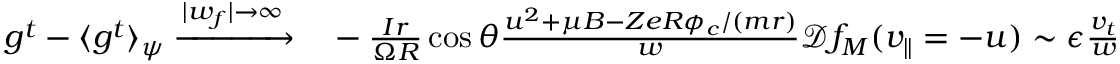
\begin{array} { r l } { g ^ { t } - \langle g ^ { t } \rangle _ { \psi } \xrightarrow { | w _ { f } | \rightarrow \infty } } & { { } - \frac { I r } { \Omega R } \cos { \theta } \frac { u ^ { 2 } + \mu B - Z e R \phi _ { c } / ( m r ) } { w } \mathcal { D } f _ { M } ( v _ { \parallel } = - u ) \sim \epsilon \frac { v _ { t } } { w } f _ { M } . } \end{array}